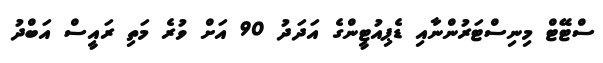
ސްޓޭޓް މިނިސްޓަރުންނާއި ޑެޕިއުޓީންގެ އަދަދު 90 އަށް ވުރެ މަތި ރައީސް އަބްދު